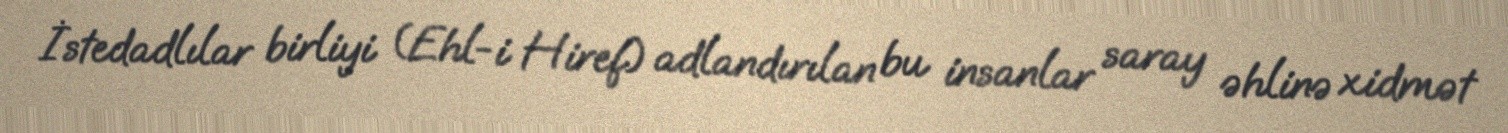
İstedadlılar birliyi (Ehl-i Hiref) adlandırılan bu insanlar saray əhlinə xidmət